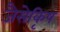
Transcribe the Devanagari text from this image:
जैसेकृिष